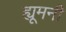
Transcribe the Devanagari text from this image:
ह्यूमनी